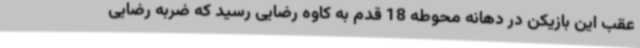
عقب این بازیکن در دهانه محوطه 18 قدم به کاوه رضایی رسید که ضربه رضایی